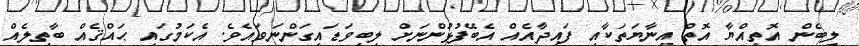
ލިބެން އޮތިއްޔާ އޮތް އިނާޔަތަކާއި ފައިދާއެއް އެބޭފުޅުންނަށް ލިބިވަޑައިގަންނަވައެވެ. އެކަމުގައި ޙައްޤެއް ބާތިލެއް